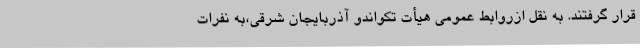
قرار گرفتند. به نقل ازروابط عمومی هیأت تکواندو آذربایجان شرقی،به نفرات